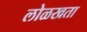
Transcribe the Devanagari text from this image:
लोळखता